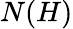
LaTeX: N(H)